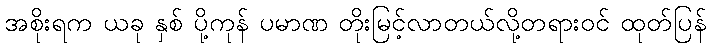
အစိုးရက ယခု နှစ် ပို့ကုန် ပမာဏ တိုးမြင့်လာတယ်လို့တရားဝင် ထုတ်ပြန်